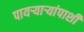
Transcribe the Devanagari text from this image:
पायर्‍यार्‍यांपाशी